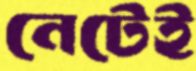
নেটেই